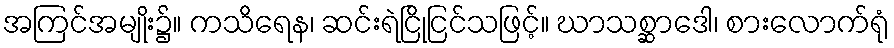
အကြင်အမျိုး၌။ ကသိရေန၊ ဆင်းရဲငြိုငြင်သဖြင့်။ ဃာသစ္ဆာဒေါ၊ စားလောက်ရုံ